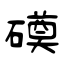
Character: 磸